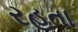
રહતા